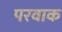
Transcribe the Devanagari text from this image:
परवाक